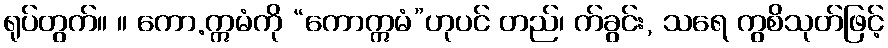
ရုပ်တွက်။ ။ ကော.ဣမံကို “ကောဣမံ”ဟုပင် တည်၊ က်ခွင်း, သရေ ကွစိသုတ်ဖြင့်